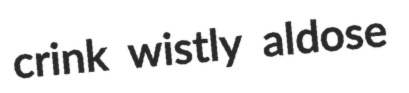
crink wistly aldose